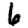
Digit: 6